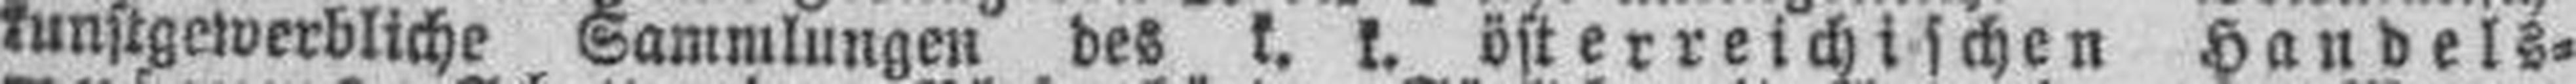
kunstgewerbliche Sammlungen des k. k. österreichischen Handels¬